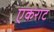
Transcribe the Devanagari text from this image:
एकराट